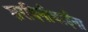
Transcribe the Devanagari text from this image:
शरदिनीबाईंना